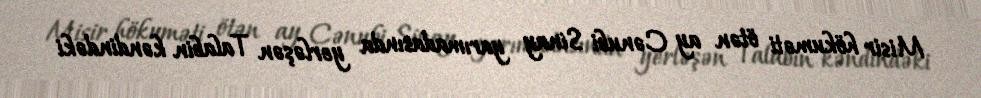
Misir hökuməti ötən ay Cənubi Sinay yarımadasında yerləşən Talabin kəndindəki